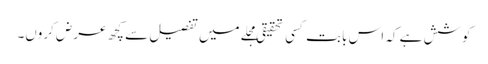
کوشش ہے کہ اس بابت کسی تحقیقی مجلے میں تفصیل سے کچھ عرض کروں۔